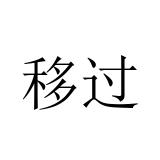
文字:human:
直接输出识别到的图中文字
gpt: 移过